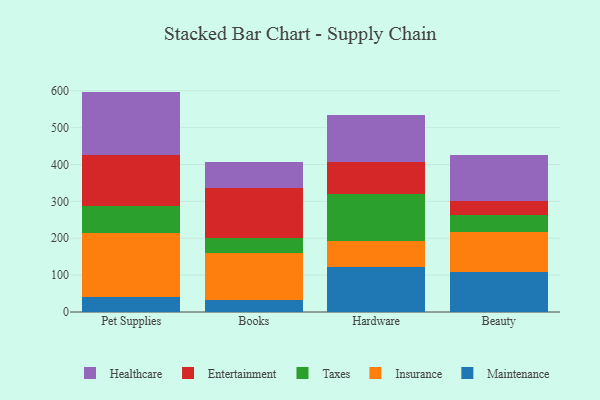
{"axis": {"x": "Category", "y": "Latency (ms)"}, "legend": ["Entertainment", "Healthcare", "Insurance", "Maintenance", "Taxes"], "data": [{"x": "Pet Supplies", "y": 39.5, "type": "Maintenance"}, {"x": "Pet Supplies", "y": 174.7, "type": "Insurance"}, {"x": "Pet Supplies", "y": 72.7, "type": "Taxes"}, {"x": "Pet Supplies", "y": 138.3, "type": "Entertainment"}, {"x": "Pet Supplies", "y": 172.5, "type": "Healthcare"}, {"x": "Books", "y": 32.1, "type": "Maintenance"}, {"x": "Books", "y": 127.8, "type": "Insurance"}, {"x": "Books", "y": 40.9, "type": "Taxes"}, {"x": "Books", "y": 135.9, "type": "Entertainment"}, {"x": "Books", "y": 71.1, "type": "Healthcare"}, {"x": "Hardware", "y": 122.0, "type": "Maintenance"}, {"x": "Hardware", "y": 71.2, "type": "Insurance"}, {"x": "Hardware", "y": 125.9, "type": "Taxes"}, {"x": "Hardware", "y": 88.0, "type": "Entertainment"}, {"x": "Hardware", "y": 126.7, "type": "Healthcare"}, {"x": "Beauty", "y": 108.6, "type": "Maintenance"}, {"x": "Beauty", "y": 107.2, "type": "Insurance"}, {"x": "Beauty", "y": 46.7, "type": "Taxes"}, {"x": "Beauty", "y": 38.5, "type": "Entertainment"}, {"x": "Beauty", "y": 124.1, "type": "Healthcare"}]}